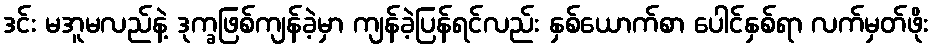
ဒင်း မအူမလည်နဲ့ ဒုက္ခဖြစ်ကျန်ခဲ့မှာ ကျန်ခဲ့ပြန်ရင်လည်း နှစ်ယောက်စာ ပေါင်နှစ်ရာ လက်မှတ်ဖိုး